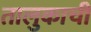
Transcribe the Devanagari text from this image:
तालुकाची